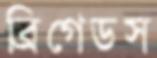
ব্রিগেডস